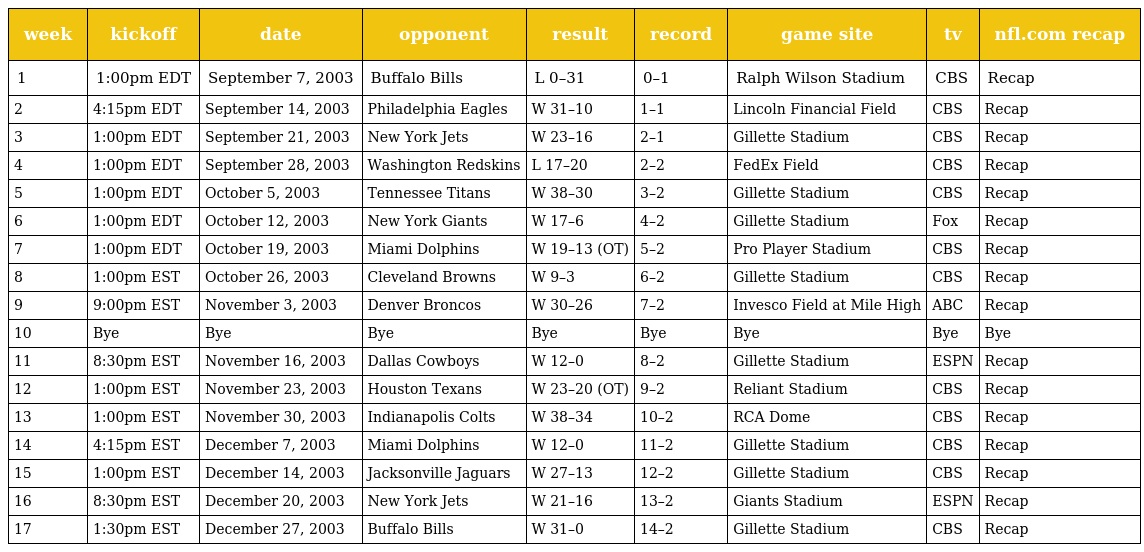
| week | kickoff | date | opponent | result | record | game site | tv | nfl.com recap |
 | --- | --- | --- | --- | --- | --- | --- | --- | --- |
 | 1 | 1:00pm EDT | September 7, 2003 | Buffalo Bills | L 0–31 | 0–1 | Ralph Wilson Stadium | CBS | Recap |
 | 2 | 4:15pm EDT | September 14, 2003 | Philadelphia Eagles | W 31–10 | 1–1 | Lincoln Financial Field | CBS | Recap |
 | 3 | 1:00pm EDT | September 21, 2003 | New York Jets | W 23–16 | 2–1 | Gillette Stadium | CBS | Recap |
 | 4 | 1:00pm EDT | September 28, 2003 | Washington Redskins | L 17–20 | 2–2 | FedEx Field | CBS | Recap |
 | 5 | 1:00pm EDT | October 5, 2003 | Tennessee Titans | W 38–30 | 3–2 | Gillette Stadium | CBS | Recap |
 | 6 | 1:00pm EDT | October 12, 2003 | New York Giants | W 17–6 | 4–2 | Gillette Stadium | Fox | Recap |
 | 7 | 1:00pm EDT | October 19, 2003 | Miami Dolphins | W 19–13 (OT) | 5–2 | Pro Player Stadium | CBS | Recap |
 | 8 | 1:00pm EST | October 26, 2003 | Cleveland Browns | W 9–3 | 6–2 | Gillette Stadium | CBS | Recap |
 | 9 | 9:00pm EST | November 3, 2003 | Denver Broncos | W 30–26 | 7–2 | Invesco Field at Mile High | ABC | Recap |
 | 10 | Bye | Bye | Bye | Bye | Bye | Bye | Bye | Bye |
 | 11 | 8:30pm EST | November 16, 2003 | Dallas Cowboys | W 12–0 | 8–2 | Gillette Stadium | ESPN | Recap |
 | 12 | 1:00pm EST | November 23, 2003 | Houston Texans | W 23–20 (OT) | 9–2 | Reliant Stadium | CBS | Recap |
 | 13 | 1:00pm EST | November 30, 2003 | Indianapolis Colts | W 38–34 | 10–2 | RCA Dome | CBS | Recap |
 | 14 | 4:15pm EST | December 7, 2003 | Miami Dolphins | W 12–0 | 11–2 | Gillette Stadium | CBS | Recap |
 | 15 | 1:00pm EST | December 14, 2003 | Jacksonville Jaguars | W 27–13 | 12–2 | Gillette Stadium | CBS | Recap |
 | 16 | 8:30pm EST | December 20, 2003 | New York Jets | W 21–16 | 13–2 | Giants Stadium | ESPN | Recap |
 | 17 | 1:30pm EST | December 27, 2003 | Buffalo Bills | W 31–0 | 14–2 | Gillette Stadium | CBS | Recap |